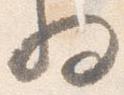
将